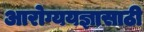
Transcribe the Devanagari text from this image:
आरोग्ययज्ञासाठी